Civil Veterinary Dept. Bombay admin report 1900-1906 - 1900-1906
Year: 1900
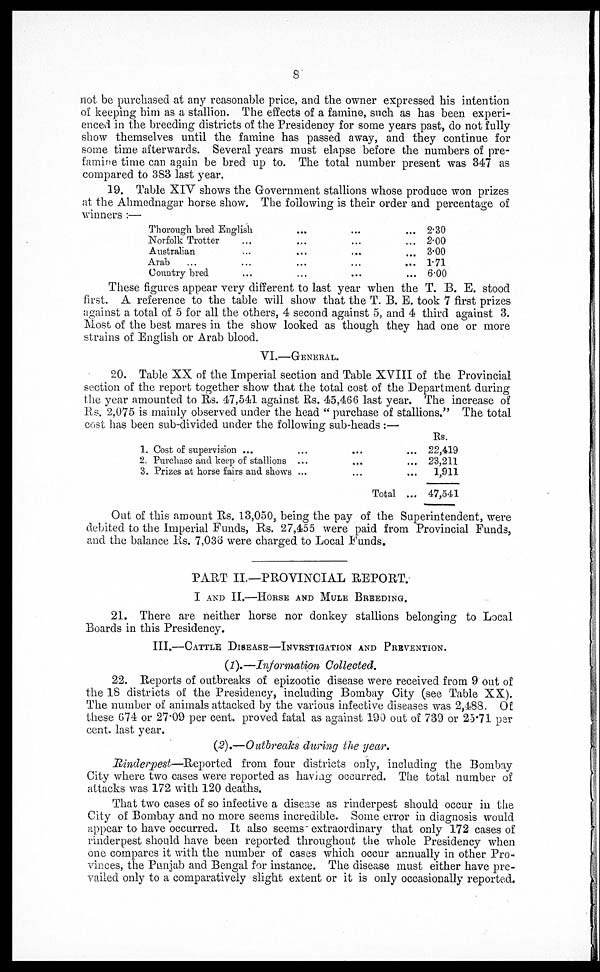
8
not be purchased at any reasonable price, and the owner expressed his intention
of keeping him as a stallion. The effects of a famine, such as has been experi-
enced in the breeding districts of the Presidency for some years past, do not fully
show themselves until the famine has passed away, and they continue for
some time afterwards. Several years must elapse before the numbers of pre-
famine time can again be bred up to. The total number present was 347 as
compared to 383 last year.
19. Table XIV shows the Government stallions whose produce won prizes
at the Ahmednagar horse show. The following is their order and percentage of
winners:—
Thorough bred English ... ... ...
Norfolk Trotter ... ... ... ...
Australian ... ... ... ...
Arab... ... ... ...
Country bred ... ... ... ...
2.30
2.00
3.00
1.71
6.00
These figures appear very different to last year when the T. B. E. stood
first. A reference to the table will show that the T. B. E. took 7 first prizes
against a total of 5 for all the others, 4 second against 5, and 4 third against 3.
Most of the best mares in the show looked as though they had one or more
strains of English or Arab blood.
VI.—GENERAL.
20. Table XX of the Imperial section and Table XVIII of the Provincial
section of the report together show that the total cost of the Department during
the year amounted to Rs. 47,541 against Rs. 45,466 last year. The increase of
Rs. 2,075 is mainly observed under the head "purchase of stallions." The total
cost has been sub-divided under the following sub-heads:—
1.
2.
3.
Cost of supervision ...
...
...
...
Purchase and keep of stallions ...
...
...
Prizes at horse fairs and shows ...
...
Total ...
Rs.
22,419
23,211
1,911
47,541
Out of this amount Rs. 13,050, being the pay of the Superintendent, were
debited to the Imperial Funds, Rs. 27,455 were paid from Provincial Funds,
and the balance Rs. 7,036 were charged to Local Funds.
PART II.—PROVINCIAL REPORT.
I AND II.—HORSE AND MULE BREEDING.
21. There are neither horse nor donkey stallions belonging to Local
Boards in this Presidency.
III.—CATTLE DISEASE—INVESTIGATION AND PREVENTION.
(1).—Information Collected.
22. Reports of outbreaks of epizootic disease were received from 9 out of
the 18 districts of the Presidency, including Bombay City (see Table XX).
The number of animals attacked by the various infective diseases was 2,488. Of
these 674 or 27.09 per cent. proved fatal as against 190 out of 739 or 25.71 per
cent. last year.
(2).—Outbreaks during the year.
Rinderpest—Reported from four districts only, including the Bombay
City where two cases were reported as having occurred. The total number of
attacks was 172 with 120 deaths.
That two cases of so infective a disease as rinderpest should occur in the
City of Bombay and no more seems incredible. Some error in diagnosis would
appear to have occurred. It also seems extraordinary that only 172 cases of
rinderpest should have been reported throughout the whole Presidency when
one compares it with the number of cases which occur annually in other Pro-
vinces, the Punjab and Bengal for instance. The disease must either have pre-
vailed only to a comparatively slight extent or it is only occasionally reported.